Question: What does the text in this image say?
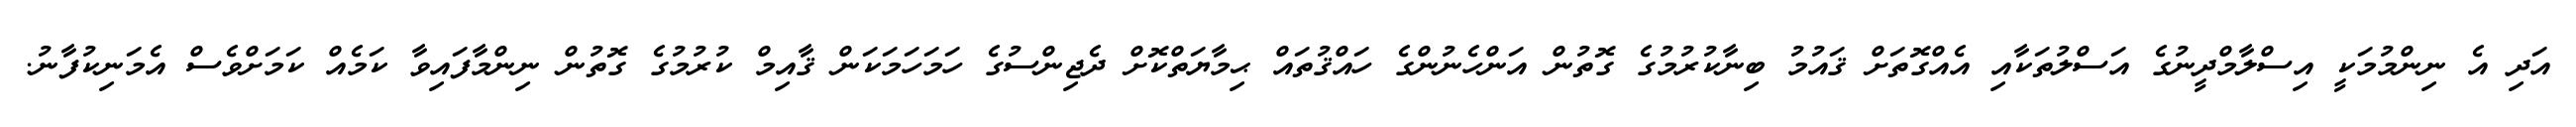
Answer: އަދި އެ ނިންމުމަކީ އިސްލާމްދީނުގެ އަސްލުތަކާއި އެއްގޮތަށް ޤައުމު ބިނާކުރުމުގެ ގޮތުން އަންހެނުންގެ ހައްޤުތައް ޙިމާޔަތްކޮށް ދެޖިންސުގެ ހަމަހަމަކަން ޤާއިމް ކުރުމުގެ ގޮތުން ނިންމާފައިވާ ކަމެއް ކަމަށްވެސް އެމަނިކުފާނު.